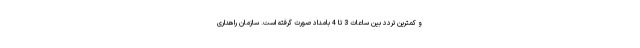
و کمترین تردد بین ساعات 3 تا 4 بامداد صورت گرفته است. سازمان راهداری